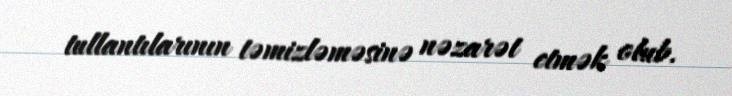
tullantılarının təmizləməsinə nəzarət etmək olub.